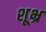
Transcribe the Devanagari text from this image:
शूभ्र